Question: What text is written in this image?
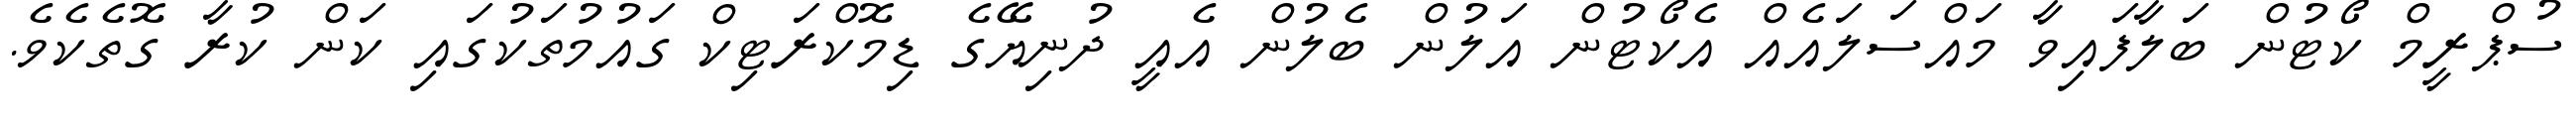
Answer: ސުޕްރީމް ކޯޓުން ބަލާފައިވާ މައްސަލައެއް އެކޯޓުން އަލުން ބެލުން އެއީ ދުނިޔޭގެ ޑިމޮކްރަޓިކް ގައުމުތަކުގައި ކަން ކުރާ ގޮތެކެވެ.